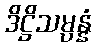
ဒိဋ္ဌိသမ္ပန္နံ